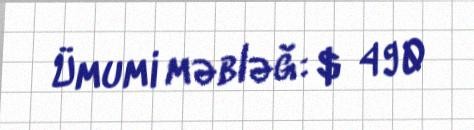
Ümumi məbləğ: $ 490